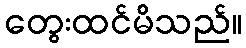
တွေးထင်မိသည်။